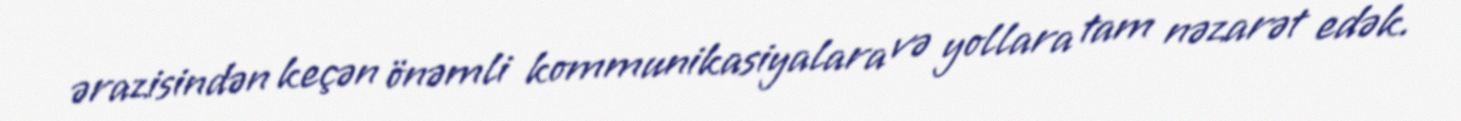
ərazisindən keçən önəmli kommunikasiyalara və yollara tam nəzarət edək.